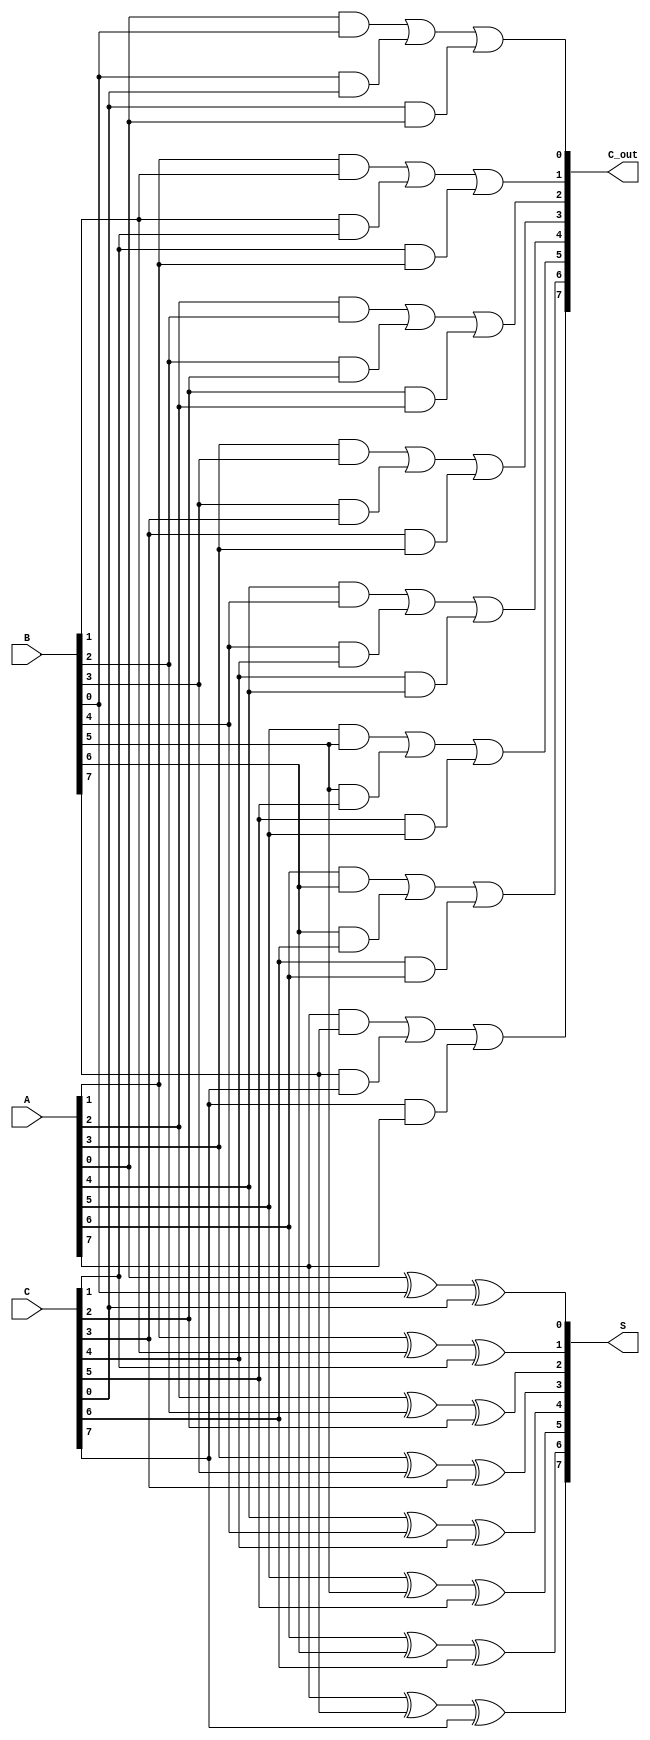
module CSA (
    input [N-1:0] A,      // First input
    input [N-1:0] B,      // Second input
    input [N-1:0] C,      // Third input
    output [N-1:0] S,     // Sum output
    output [N-1:0] C_out   // Carry output
);
parameter N = 8; // Define the bit-width of the inputs/outputs

// Carry Save Adder logic
genvar i;
generate
    for (i = 0; i < N; i = i + 1) begin : CSA_level
        assign S[i] = A[i] ^ B[i] ^ C[i]; // Sum calculation
        assign C_out[i] = (A[i] & B[i]) | (B[i] & C[i]) | (C[i] & A[i]); // Carry calculation
    end
endgenerate

endmodule